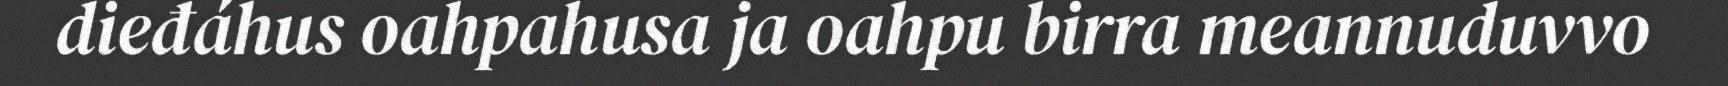
dieđáhus oahpahusa ja oahpu birra meannuduvvo